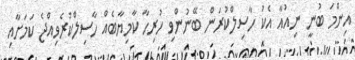
އިންމަ ބުނީ ނިއުއާ އެކު ހާސިލްކުރަން ބޭނުންވި ހުރިހާ ކާމިޔާބެއް ހާސިލްކުރެވިއްޖެ ކަމަށާއި